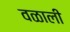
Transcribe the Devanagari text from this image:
वळाली